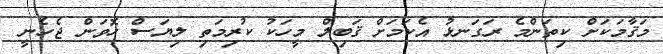
މަޤާމަކަށް ކިތަންމެ ރަގަނޅު އެކަމަށް ޤަބިލް މީހަކު ކުރިމަތި ލިޔަސް ހޮވަން ޖެހެނީ